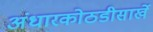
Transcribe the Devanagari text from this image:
अंधारकोठडीसार्खे